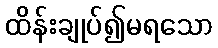
ထိန်းချုပ်၍မရသော